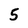
Character: 5